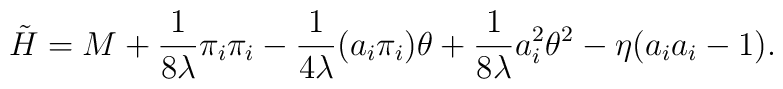
\tilde H = M + \frac{1}{8\lambda}\pi_i \pi_i - \frac{1}{4\lambda}(a_i\pi_i)\theta + \frac {1}{8\lambda}a_i^2\theta^2 - \eta (a_ia_i -1).